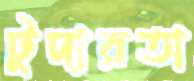
টুদারতা